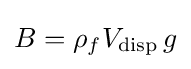
B=\rho _{f}V_{\text{disp}}\,g